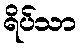
ရိပ်သာ